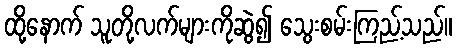
ထို့နောက် သူတို့လက်များကိုဆွဲ၍ သွေးစမ်းကြည့်သည်။